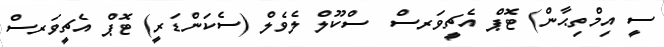
ސީ އިމްތިޙާން) ޓޮޕް އެޗީވަރސް  ސްކޫލް ލެވެލް (ސެކަންޑަރީ) ޓޮޕް އެޗީވަރސް